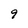
Character: 9